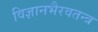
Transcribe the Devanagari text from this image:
विज्ञानभैरवतन्त्र